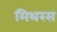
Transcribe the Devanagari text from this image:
मिथरस